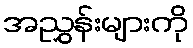
အညွှန်းများကို